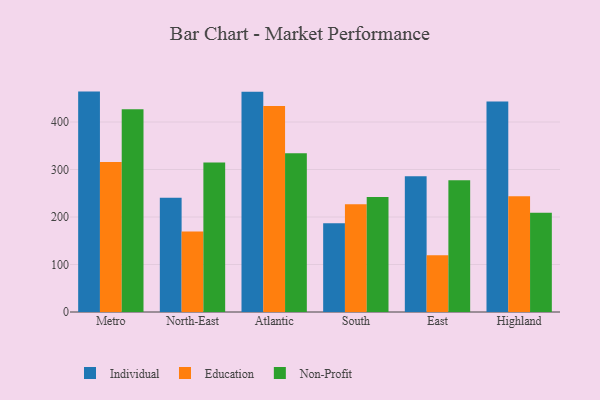
{"axis": {"x": "Region", "y": "Backlog"}, "legend": ["Education", "Individual", "Non-Profit"], "data": [{"x": "Metro", "y": 464.0, "type": "Individual"}, {"x": "Metro", "y": 315.7, "type": "Education"}, {"x": "Metro", "y": 426.7, "type": "Non-Profit"}, {"x": "North-East", "y": 240.7, "type": "Individual"}, {"x": "North-East", "y": 169.5, "type": "Education"}, {"x": "North-East", "y": 314.8, "type": "Non-Profit"}, {"x": "Atlantic", "y": 463.6, "type": "Individual"}, {"x": "Atlantic", "y": 433.6, "type": "Education"}, {"x": "Atlantic", "y": 334.2, "type": "Non-Profit"}, {"x": "South", "y": 186.7, "type": "Individual"}, {"x": "South", "y": 227.0, "type": "Education"}, {"x": "South", "y": 242.0, "type": "Non-Profit"}, {"x": "East", "y": 286.0, "type": "Individual"}, {"x": "East", "y": 119.6, "type": "Education"}, {"x": "East", "y": 277.5, "type": "Non-Profit"}, {"x": "Highland", "y": 443.0, "type": "Individual"}, {"x": "Highland", "y": 243.7, "type": "Education"}, {"x": "Highland", "y": 208.8, "type": "Non-Profit"}]}